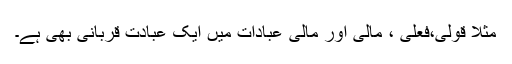
مثلاً قولی،فعلی ، مالی اور مالی عبادات میں ایک عبادت قربانی بھی ہے۔